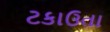
ટકાઉતા